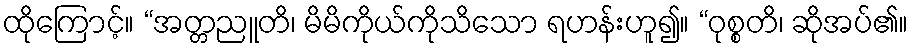
ထိုကြောင့်။ “အတ္တညူတိ၊ မိမိကိုယ်ကိုသိသော ရဟန်းဟူ၍။ “ဝုစ္စတိ၊ ဆိုအပ်၏။